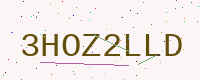
Text: 3HOZ2LLD